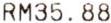
RM35.88